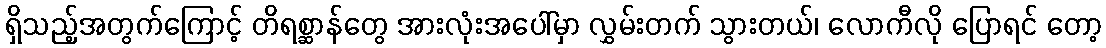
ရှိသည့်အတွက်ကြောင့် တိရစ္ဆာန်တွေ အားလုံးအပေါ်မှာ လွှမ်းတက် သွားတယ်၊ လောကီလို ပြောရင် တော့